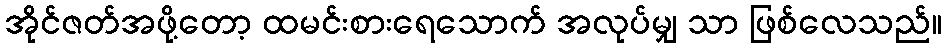
အိုင်ဇတ်အဖို့တော့ ထမင်းစားရေသောက် အလုပ်မျှ သာ ဖြစ်လေသည်။